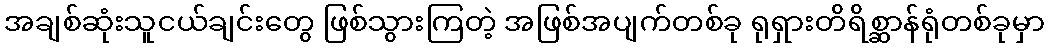
အချစ်ဆုံးသူငယ်ချင်းတွေ ဖြစ်သွားကြတဲ့ အဖြစ်အပျက်တစ်ခု ရုရှားတိရိစ္ဆာန်ရုံတစ်ခုမှာ